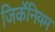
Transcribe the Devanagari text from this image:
जिर्केनियम